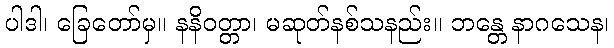
ပါဒါ၊ ခြေတော်မှ။ နနိဝတ္တာ၊ မဆုတ်နစ်သနည်း။ ဘန္တေ နာဂသေန၊